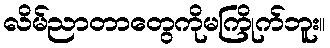
လိမ်ညာတာတွေကိုမကြိုက်ဘူး။